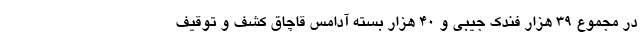
در مجموع ۳۹ هزار فندک جیبی و ۴۰ هزار بسته آدامس قاچاق کشف و توقیف